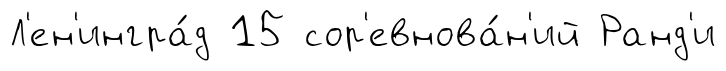
Л'ен'ингра́д 15 сор'евнова́н'ий Ранд'и